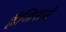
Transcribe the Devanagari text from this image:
हैजिसमे